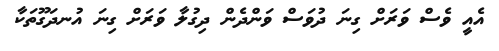
އެއީ ވެސް ވަރަށް ގިނަ ދުވަސް ވަންދެން ދިގުލާ ވަރަށް ގިނަ އުނދަގޫތަކާ